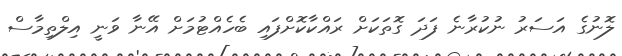
ލޮނުގެ އަސަރު ނުކުރާނެ ފަދަ ގޮތަކަށް ރައްކާކޮށްފައި ބެހެއްޓުމަށް އޭނާ ވަނީ އިލްތިމާސް